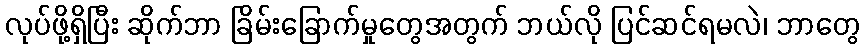
လုပ်ဖို့ရှိပြီး ဆိုက်ဘာ ခြိမ်းခြောက်မှုတွေအတွက် ဘယ်လို ပြင်ဆင်ရမလဲ၊ ဘာတွေ